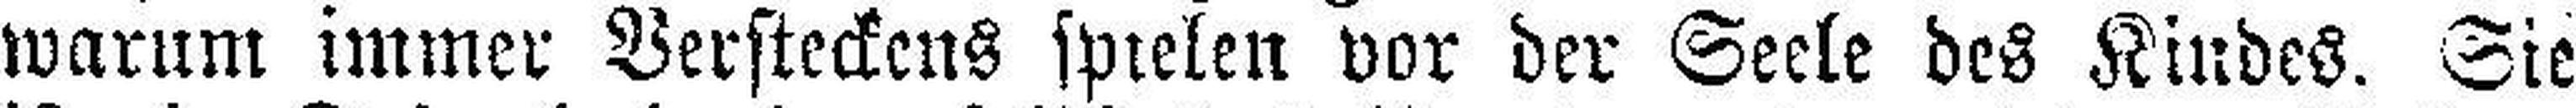
warum immer Versteckens spielen vor der Seele des Kindes. Sie